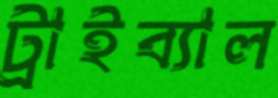
ট্রাইব্যাল